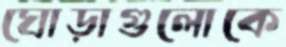
ঘোড়াগুলোকে